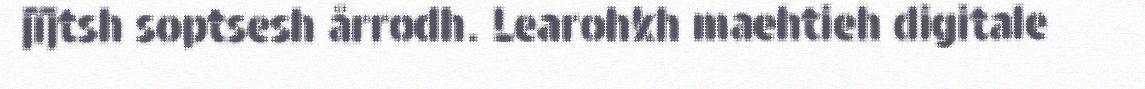
jïjtsh soptsesh årrodh. Learohkh maehtieh digitale